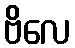
ဗိလေ